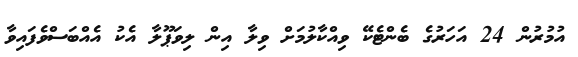
އުމުރުން 24 އަހަރުގެ ބެންޓެކޭ ވިއްކާލުމަށް ވިލާ އިން ލިވަޕޫލާ އެކު އެއްބަސްވެފައިވާ